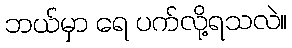
ဘယ်မှာ ရေ ပက်လို့ရသလဲ။